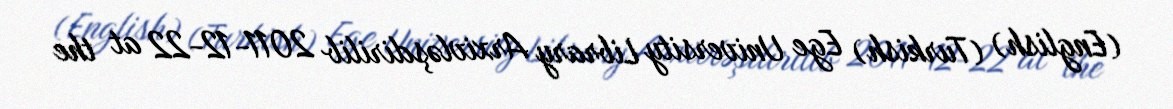
(English) (Turkish) Ege University Library Arxivləşdirilib 2011-12-22 at the